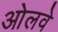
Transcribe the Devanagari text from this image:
ओलवे